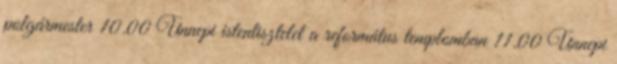
polgármester 10.00 Ünnepi istentisztelet a református templomban 11.00 Ünnepi